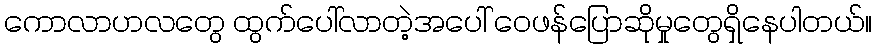
ကောလာဟလတွေ ထွက်ပေါ်လာတဲ့အပေါ် ဝေဖန်ပြောဆိုမှုတွေရှိနေပါတယ်။